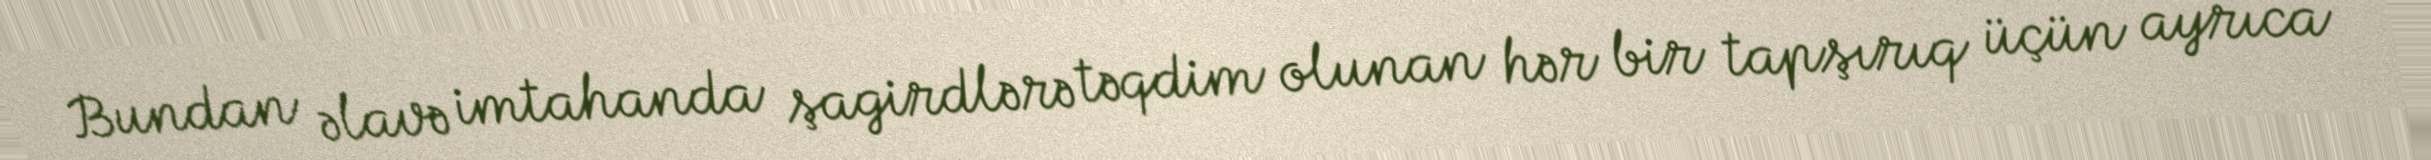
Bundan əlavə imtahanda şagirdlərə təqdim olunan hər bir tapşırıq üçün ayrıca